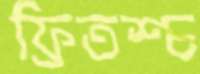
ফ্রিতশ্চ